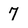
Character: 7